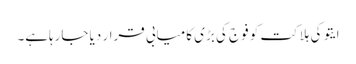
ایتو کی ہلاکت کو فوج کی بڑی کامیابی قرار دیا جارہاہے۔